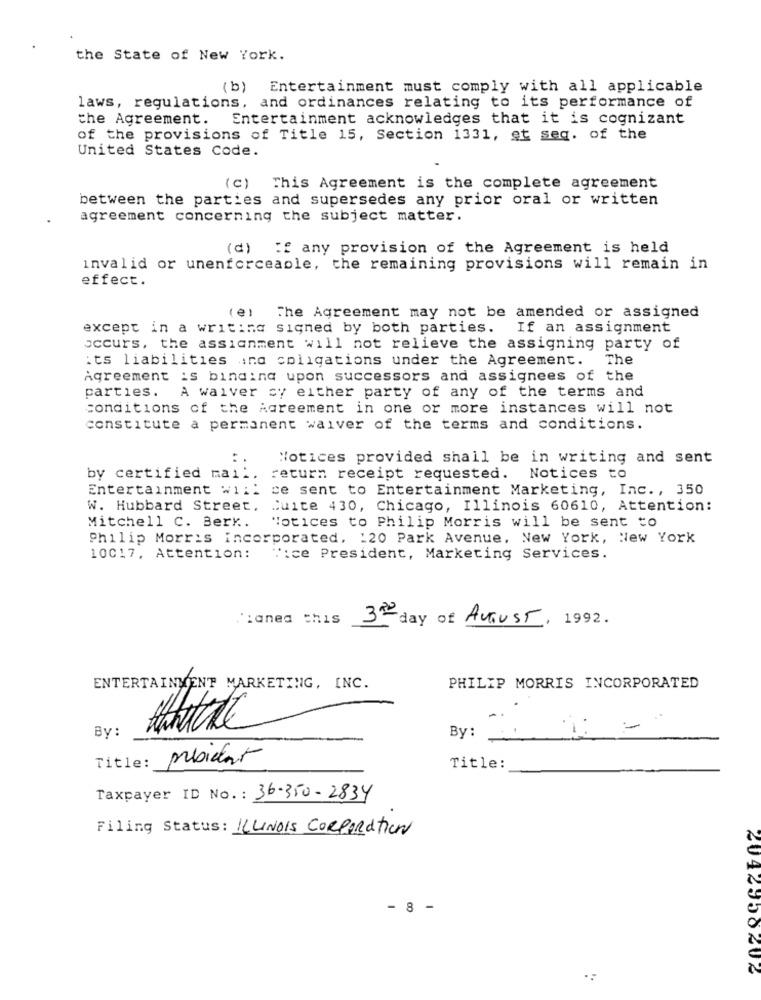
the State of New York.
(b)
Entertainment must comply with all applicable
laws, regulations, and ordinances relating to its performance of
the Agreement. Entertainment acknowledges that it is cognizant
of the provisions of Title 15, Section 1331, et seq. of the
United States Code.
(c)
This Agreement is the complete agreement
between the parties and supersedes any prior oral or written
agreement concerning the subject matter.
(d) : any provision of the Agreement is held
invalid or unenforceable, the remaining provisions will remain in
effect.
(e) The Agreement may not be amended or assigned
except in a writing signed by both parties. If an assignment
occurs, the assignment will not relieve the assigning party of
:ts liabilities ind coligations under the Agreement.
The
Agreement is binding upon successors and assignees of the
parties. A waiver cy either party of any of the terms and
conditions of the Agreement in one or more instances will not
constitute a permanent waiver of the terms and conditions.
Notices provided shall be in writing and sent
: :
by certified mail.
return receipt requested.
Notices to
Entertainment wii: ce sent to Entertainment Marketing, Inc. , 350
W. Hubbard Street, Cuite 430, Chicago, Illinois 60610, Attention:
Mitchell C. Berk ..
Notices to Philip Morris will be sent to
Philip Morris incorporated. 120 Park Avenue, New York, New York
10017, Attention:
Vice President, Marketing Services.
Pianea this
3the day of August.
1992.
ENTERTAINMENT MARKETING, INC.
PHILIP MORRIS INCORPORATED
By :
By: -
prbidlat
Title:
Title:
Taxpayer ID No .: 36-350-2834
Filing Status: ILLINOIS CORPORATION
- 8 -
2042958202